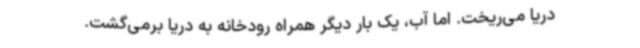
دریا می‌ریخت. اما آب، یک بار دیگر همراه رودخانه به دریا برمی‌گشت.